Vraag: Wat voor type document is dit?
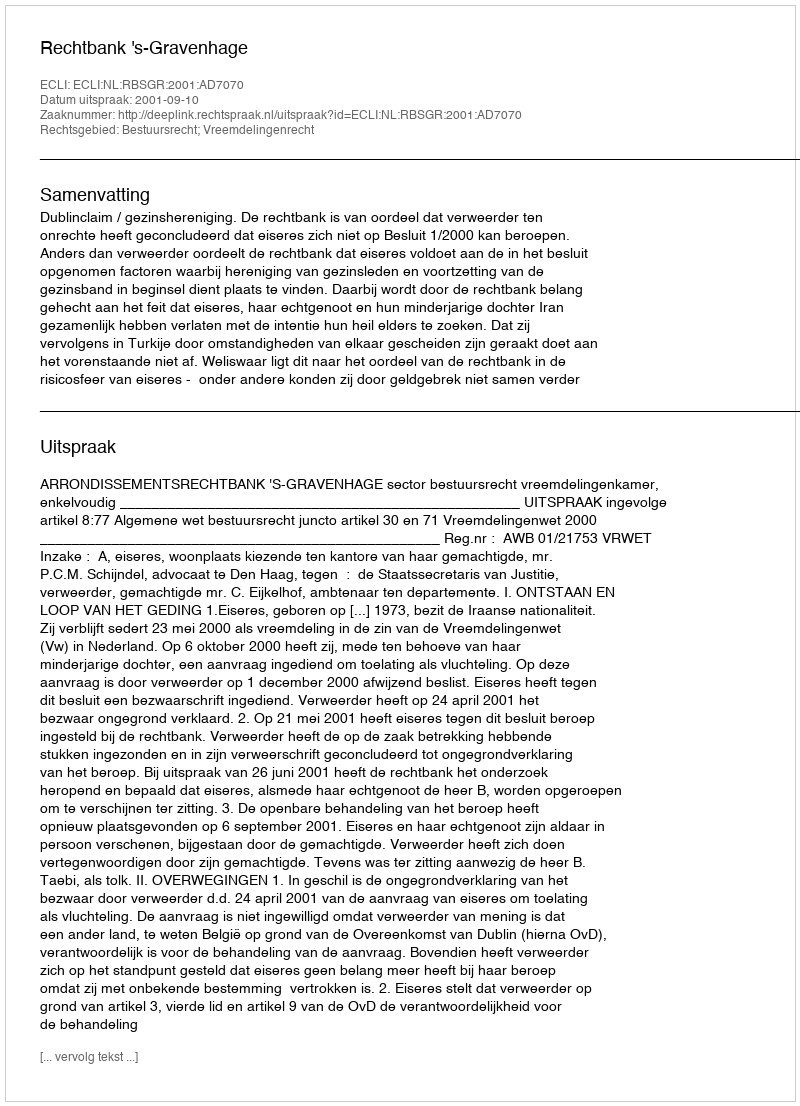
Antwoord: Uitspraak